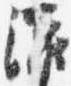
灌